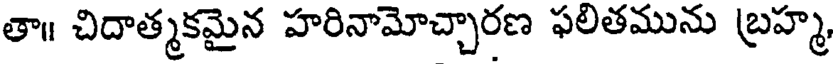
తా॥ చిదాత్మకమైన హరినామోచ్చారణ ఫలితమును బ్రహ్మ,